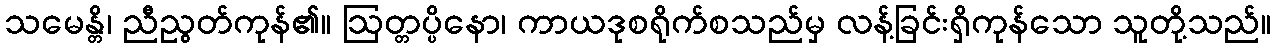
သမေန္တိ၊ ညီညွတ်ကုန်၏။ ဩတ္တပ္ပိနော၊ ကာယဒုစရိုက်စသည်မှ လန့်ခြင်းရှိကုန်သော သူတို့သည်။